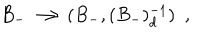
LaTeX: B _ { - } \longrightarrow ( B _ { - } , ( B _ { - } ) _ { d } ^ { - 1 } ) \ \ ,